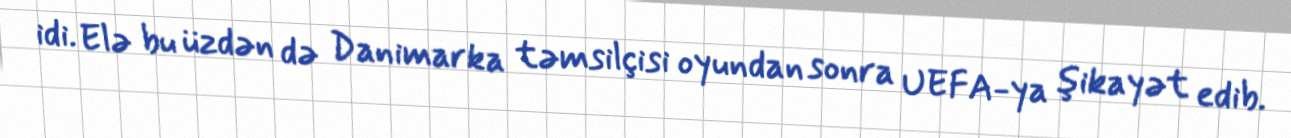
idi. Elə bu üzdən də Danimarka təmsilçisi oyundan sonra UEFA-ya şikayət edib.